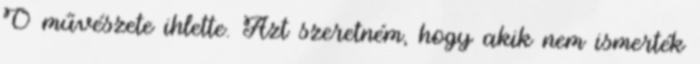
Ő művészete ihlette. Azt szeretném, hogy akik nem ismerték